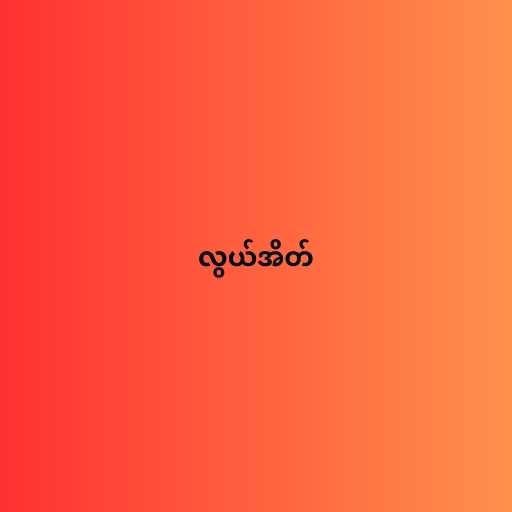
လွယ်အိတ်